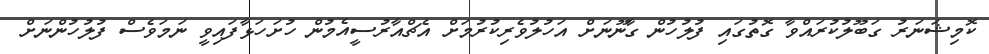
ކޮމިޝަނަރު ގަބޫލުކުރައްވާ ގޮތުގައި ފުލުހުން ގާނޫނަށް އަހުލުވެރިކުރުމަށް އެޗްއާރުސީއެމުން ހުށަހަޅާފައިވީ ނަމަވެސް ފުލުހުންނަށް